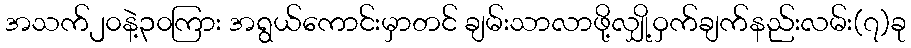
အသက်၂၀နဲ့၃၀ကြား အရွယ်ကောင်းမှာတင် ချမ်းသာလာဖို့လျှို့ဝှက်ချက်နည်းလမ်း(၇)ခု